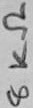
Text: 8KΩ